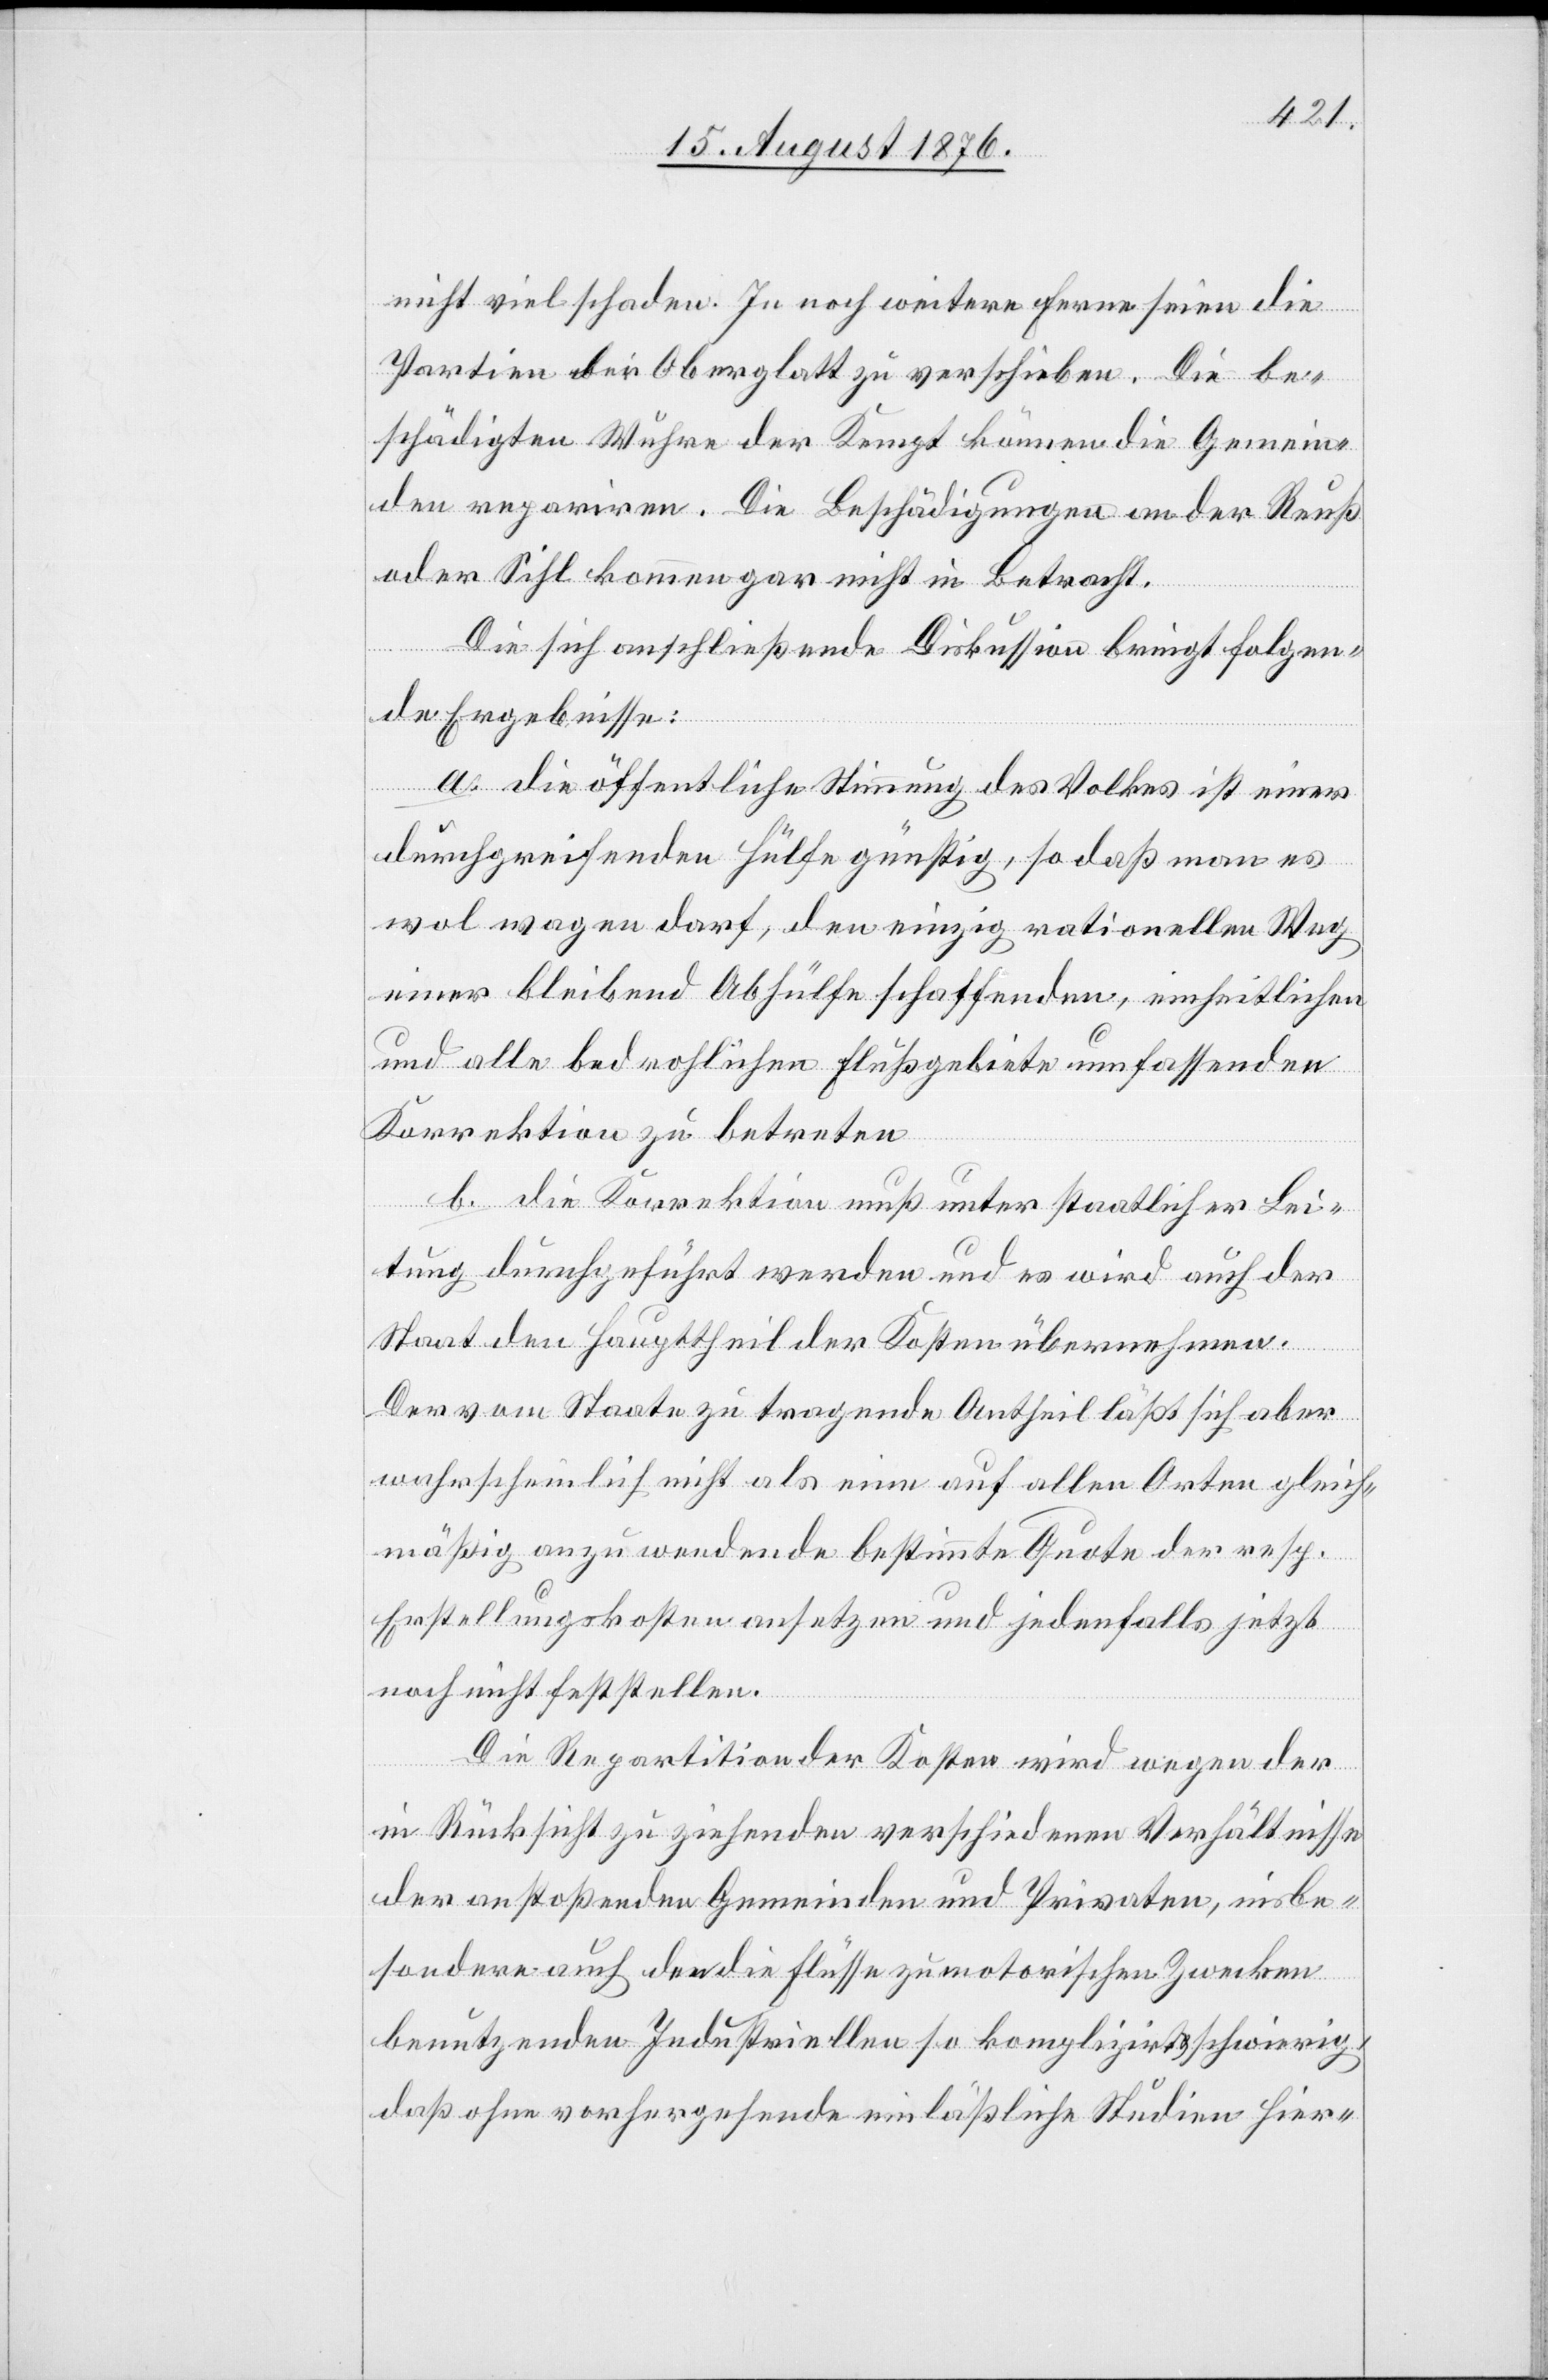
nicht viel schaden. In noch weitere Ferne seien die
Partien der Oberglatt zu verschieben. Die be¬
schädigten Wuhre der Kempt können die Gemein¬
den repariren. Die Beschädigungen an der Reuß
oder Sihl kommen gar nicht in Betracht.
Die sich anschließende Diskussion bringt folgen¬
de Ergebnisse:
a. die öffentliche Stimmung des Volkes ist einer
durchgreifenden Hülfe günstig, so daß man es
wol wagen darf, den einzig rationellen Weg
einer bleibend Abhülfe schaffenden, einheitlichen
und alle bedrohlichen Flußgebiete umfassenden
Korrektion zu betreten.
b. die Korrektion muß unter staatlicher Lei¬
tung durchgeführt werden und es wird auch der
Staat den Haupttheil der Kosten übernehmen.
Der vom Staate zu tragende Antheil läßt sich aber
wahrscheinlich nicht als eine auf allen Orten gleich¬
mäßig anzuwendende bestimmte Quote der resp.
Erstellungskosten ansetzten und jedenfalls jetzt
noch nicht feststellen.
Die Repartition der Kosten wird wegen der
in Rücksicht zu ziehenden verschiedenen Verhältnisse
der anstoßenden Gemeinden und Privaten, insbe¬
sondere auch den die Flüsse zu motorischen zwecken
benutzenden Industriellen so komplizirt & schwierig,
daß ohne vorhergehende einläßliche Studien hier-